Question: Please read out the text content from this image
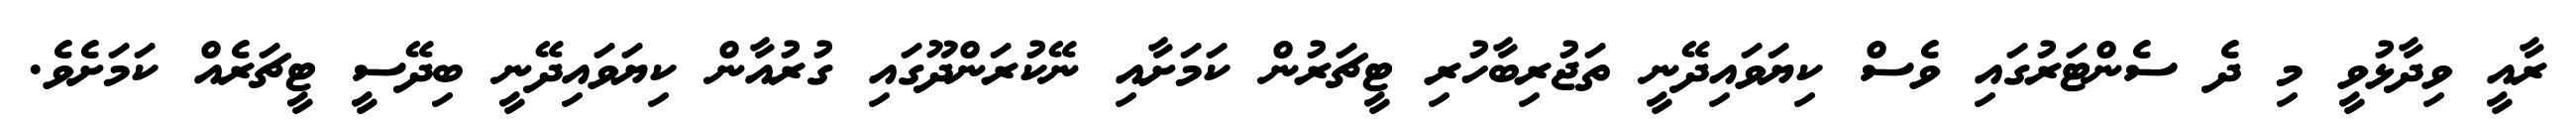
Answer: ރާއީ ވިދާޅުވީ މި ދެ ސެންޓަރުގައި ވެސް ކިޔަވައިދޭނީ ތަޖުރިބާހުރި ޓީޗަރުން ކަމަށާއި ނޭކުރަންދޫގައި ގުރުއާން ކިޔަވައިދޭނީ ބިދޭސީ ޓީޗަރެއް ކަމަށެވެ.